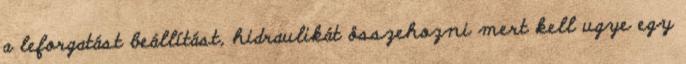
a leforgatást beállítást, hidraulikát összehozni mert kell ugye egy